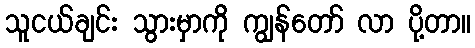
သူငယ်ချင်း သွားမှာကို ကျွန်တော် လာ ပို့တာ။